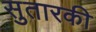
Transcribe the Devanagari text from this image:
सुतारकी